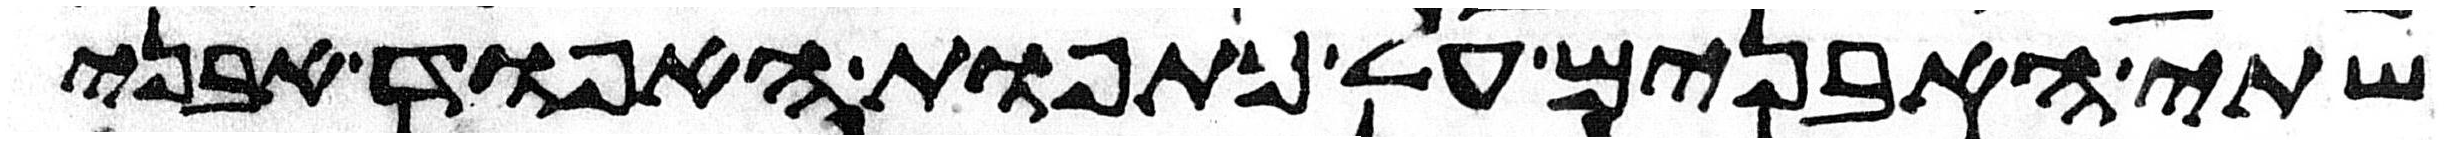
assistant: שתי האבנים על כתפות האפוד אבני